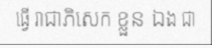
ធ្វើ រាជាភិសេក ខ្លួន ឯង ជា